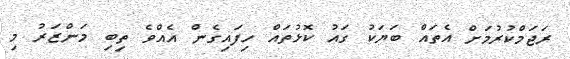
ރަޖަމްކުރުމަށް އެތައް ބަޔަކު ގައު ކޮޅުތައް ހިފައިގެން އެއްވެ ތިބި މަންޒަރު މި